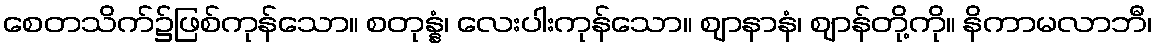
စေတသိက်၌ဖြစ်ကုန်သော။ စတုန္နံ၊ လေးပါးကုန်သော။ ဈာနာနံ၊ ဈာန်တို့ကို။ နိကာမလာဘီ၊